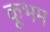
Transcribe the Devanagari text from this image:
कूभम